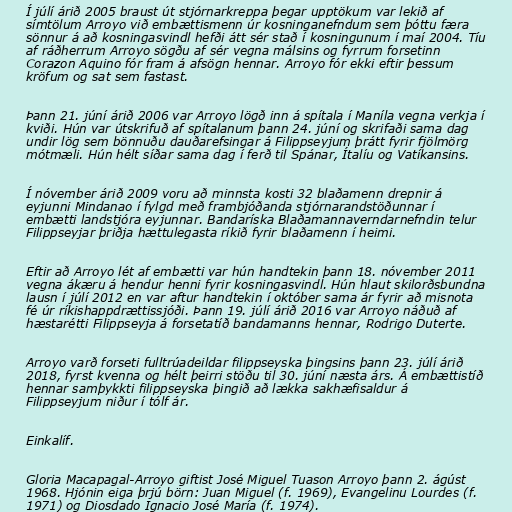
Í júlí árið 2005 braust út stjórnarkreppa þegar upptökum var lekið af
símtölum Arroyo við embættismenn úr kosninganefndum sem þóttu færa
sönnur á að kosningasvindl hefði átt sér stað í kosningunum í maí 2004. Tíu
af ráðherrum Arroyo sögðu af sér vegna málsins og fyrrum forsetinn
Corazon Aquino fór fram á afsögn hennar. Arroyo fór ekki eftir þessum
kröfum og sat sem fastast.

Þann 21. júní árið 2006 var Arroyo lögð inn á spítala í Maníla vegna verkja í
kviði. Hún var útskrifuð af spítalanum þann 24. júní og skrifaði sama dag
undir lög sem bönnuðu dauðarefsingar á Filippseyjum þrátt fyrir fjölmörg
mótmæli. Hún hélt síðar sama dag í ferð til Spánar, Ítalíu og Vatíkansins.

Í nóvember árið 2009 voru að minnsta kosti 32 blaðamenn drepnir á
eyjunni Mindanao í fylgd með frambjóðanda stjórnarandstöðunnar í
embætti landstjóra eyjunnar. Bandaríska Blaðamannaverndarnefndin telur
Filippseyjar þriðja hættulegasta ríkið fyrir blaðamenn í heimi.

Eftir að Arroyo lét af embætti var hún handtekin þann 18. nóvember 2011
vegna ákæru á hendur henni fyrir kosningasvindl. Hún hlaut skilorðsbundna
lausn í júlí 2012 en var aftur handtekin í október sama ár fyrir að misnota
fé úr ríkishappdrættissjóði. Þann 19. júlí árið 2016 var Arroyo náðuð af
hæstarétti Filippseyja á forsetatíð bandamanns hennar, Rodrigo Duterte.

Arroyo varð forseti fulltrúadeildar filippseyska þingsins þann 23. júlí árið
2018, fyrst kvenna og hélt þeirri stöðu til 30. júní næsta árs. Á embættistíð
hennar samþykkti filippseyska þingið að lækka sakhæfisaldur á
Filippseyjum niður í tólf ár.

Einkalíf.

Gloria Macapagal-Arroyo giftist José Miguel Tuason Arroyo þann 2. ágúst
1968. Hjónin eiga þrjú börn: Juan Miguel (f. 1969), Evangelinu Lourdes (f.
1971) og Diosdado Ignacio José María (f. 1974).